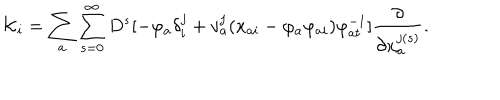
{ \cal K } _ { i } = \sum _ { a } \sum _ { s = 0 } ^ { \infty } D ^ { s } [ - \varphi _ { a } \delta _ { i } ^ { j } + v _ { a } ^ { j } ( x _ { a i } - \varphi _ { a } \varphi _ { a i } ) \varphi _ { a t } ^ { - 1 } ] \frac { \partial } { \partial x _ { a } ^ { j ( s ) } } .